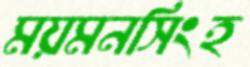
ময়মনসিংহ